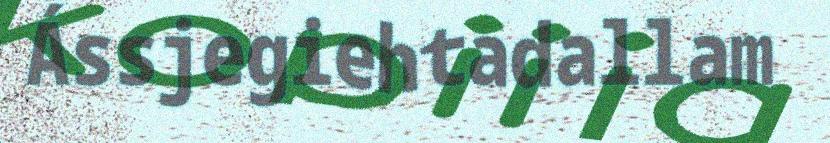
Ássjegiehtadallam